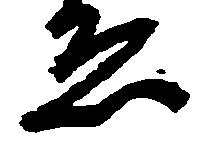
ゑ